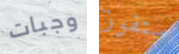
وجبات ستفوز